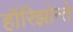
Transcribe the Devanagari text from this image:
हॉरिझोन्ते